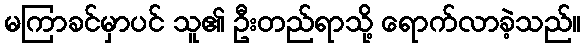
မကြာခင်မှာပင် သူ၏ ဦးတည်ရာသို့ ရောက်လာခဲ့သည်။